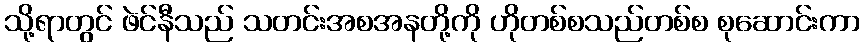
သို့ရာတွင် ဖဲင်နီသည် သတင်းအစအနတို့ကို ဟိုတစ်စသည်တစ်စ စုဆောင်းကာ